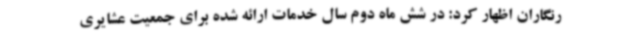
رنگاران اظهار کرد: در شش ماه دوم سال خدمات ارائه شده برای جمعیت عشایری